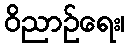
ဝိညာဉ်ရေး၊